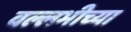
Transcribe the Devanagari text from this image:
वल्लभीच्या